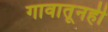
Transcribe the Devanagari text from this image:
गावातूनही